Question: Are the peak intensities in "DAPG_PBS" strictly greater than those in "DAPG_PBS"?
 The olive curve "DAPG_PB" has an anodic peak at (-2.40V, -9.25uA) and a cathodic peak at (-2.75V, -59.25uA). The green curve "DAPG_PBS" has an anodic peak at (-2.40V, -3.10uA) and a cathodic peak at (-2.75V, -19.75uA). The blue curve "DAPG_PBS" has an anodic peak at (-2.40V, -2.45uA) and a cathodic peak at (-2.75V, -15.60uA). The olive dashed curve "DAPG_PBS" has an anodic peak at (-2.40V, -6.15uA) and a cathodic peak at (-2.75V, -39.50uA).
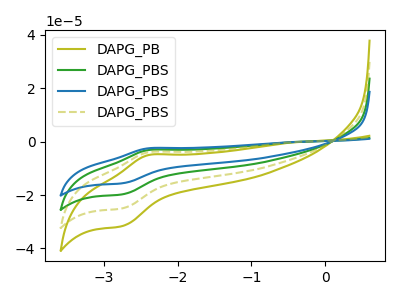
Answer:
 <answer>The peaks in "DAPG_PBS" are neither all higher or all lower than the peaks in "DAPG_PBS".</answer>
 <eval>mixed</eval>